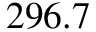
2 9 6 . 7